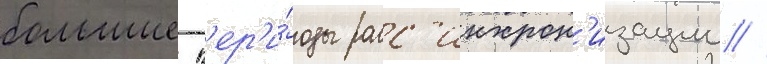
большие п'ер'и́оды расс'инхрон'изации //